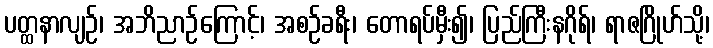
ပတ္ထနာလျဉ်၊ အဘိညာဉ်ကြောင့်၊ အစဉ်ခရီး၊ တောရပ်မှီး၍၊ ပြည်ကြီးနဂိုရ်၊ ရာဇဂြိုဟ်သို့၊